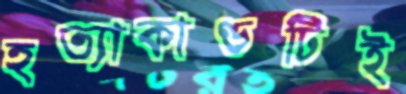
হত্যাকাণ্ডটিই